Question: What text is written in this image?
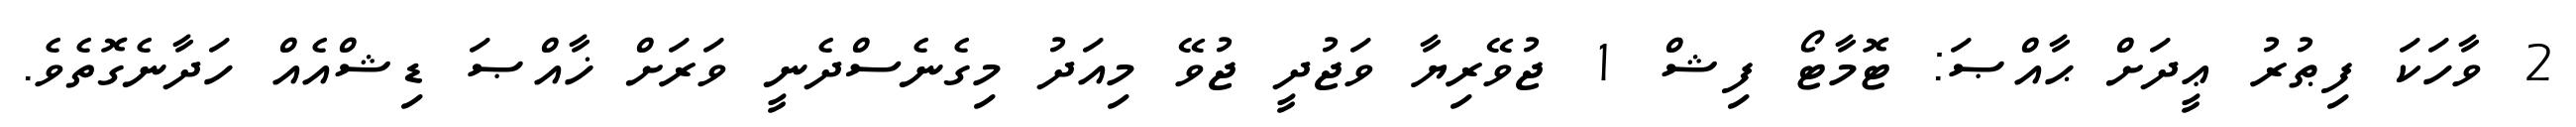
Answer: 2 ވާހަކަ ފިޠުރު ޢީދަށް ޙާއްޞަ: ޓޮމާޓޯ ފިޝް 1 ޖުވޭރިޔާ ވަޖުދީ ޖުވޭ މިއަދު މިގެނެސްދެނީ ވަރަށް ޚާއްޞަ ޑިޝްއެއް ހަދާނެގޮތެވެ.